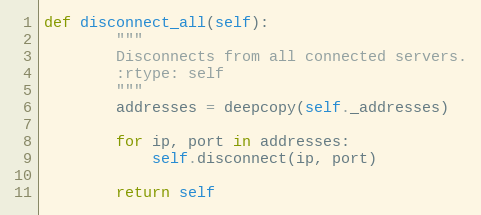
Language: Python
def disconnect_all(self):
        """
        Disconnects from all connected servers.
        :rtype: self
        """
        addresses = deepcopy(self._addresses)

        for ip, port in addresses:
            self.disconnect(ip, port)

        return self